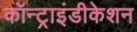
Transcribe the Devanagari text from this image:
कॉन्ट्राइंडीकेशन